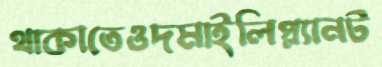
থাকাতেওদমাইলিপ্ল্যানট